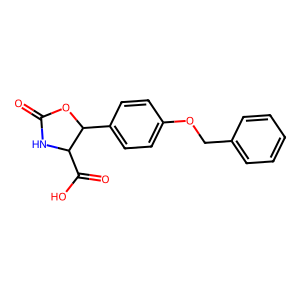
SMILES: O=C1NC(C(=O)O)C(c2ccc(OCc3ccccc3)cc2)O1
Inhibits HIV replication: No